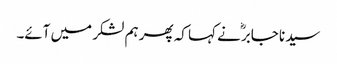
سیدنا جابرؓ نے کہا کہ پھر ہم لشکر میں آئے۔